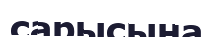
сарысына